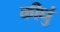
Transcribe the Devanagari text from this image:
कीधुं